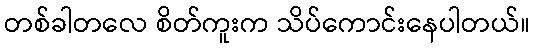
တစ်ခါတလေ စိတ်ကူးက သိပ်ကောင်းနေပါတယ်။